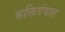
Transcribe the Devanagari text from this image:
भक्तिपंथात